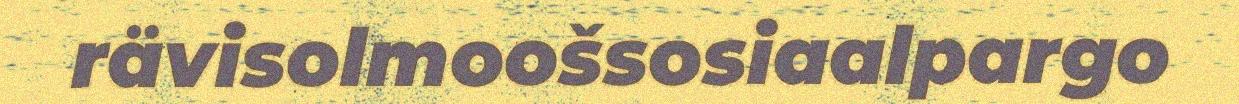
rävisolmoošsosiaalpargo